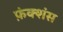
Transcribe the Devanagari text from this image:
फ़ंक्शंस